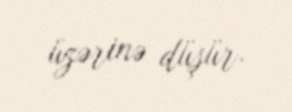
üzərinə düşür.